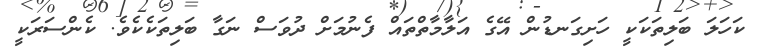
ކަހަލަ ބަލިތަކަކީ ހަށިގަނޑުން އޭގެ އަލާމާތްތައް ފެނުމަށް ދުވަސް ނަގާ ބަލިތަކެކެވެ. ކެންސަރަކީ